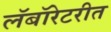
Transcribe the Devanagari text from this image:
लॅबॉरेटरीत